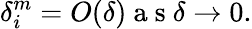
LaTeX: \delta_{i}^{m}=O(\delta)\mathrm{~a~s~}\delta\rightarrow 0.